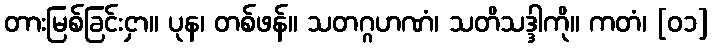
တားမြစ်ခြင်းငှာ။ ပုန၊ တစ်ဖန်။ သတဂ္ဂဟဏံ၊ သတိသဒ္ဒါကို။ ကတံ၊ [၀၁]